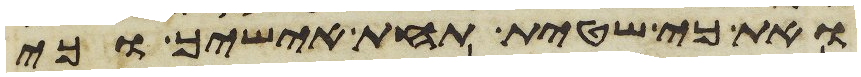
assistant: ואת כי שטית תחת אישיך וכי